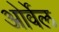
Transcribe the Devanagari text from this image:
ओर्वेल